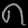
Digit: ၈